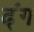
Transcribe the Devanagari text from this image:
ढ्ंग